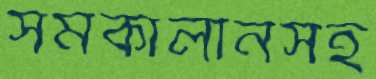
সমকালীনসহ